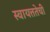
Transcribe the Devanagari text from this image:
स्वायत्ततेची